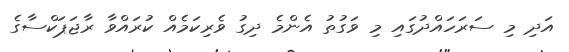
އަދި މި ސަރަހައްދުގައި މި ވަގުތު އެންމެ ދިގު ވެރިކަމެއް ކުރައްވާ ރާޖަޕަކްސާގެ